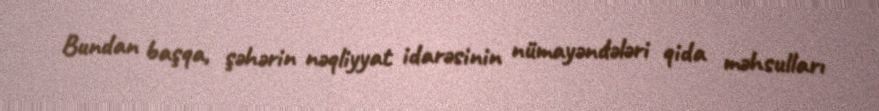
Bundan başqa, şəhərin nəqliyyat idarəsinin nümayəndələri qida məhsulları